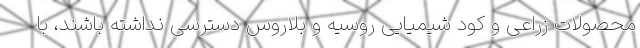
محصولات زراعی و کود شیمیایی روسیه و بلاروس دسترسی نداشته باشند، با